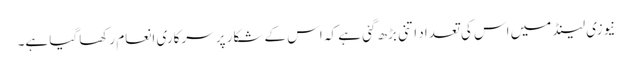
نیوزی لینڈ میں اس کی تعداد اتنی بڑھ گئی ہے کہ اس کے شکار پر سرکاری انعام رکھا گیا ہے۔